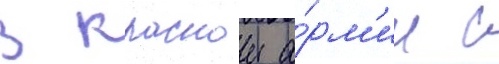
В краснои а́рм'ии с